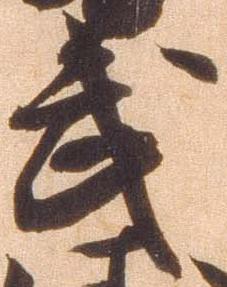
武